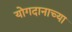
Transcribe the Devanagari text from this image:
योगदानाच्या